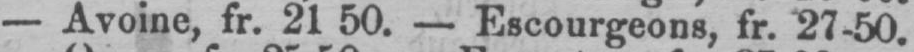
- Avoine, fr. 2150. - Escourgeons, fr. 27-50.